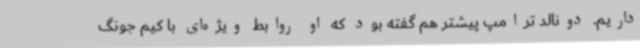
داریم. دونالد ترامپ پیشتر هم گفته بود که او روابط ویژه‌ای با کیم جونگ